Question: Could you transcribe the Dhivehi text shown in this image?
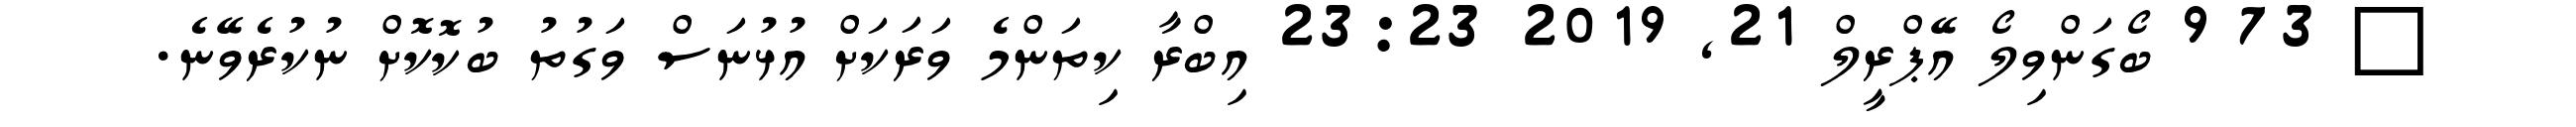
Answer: ? 73 9 ބޯގަންވިލޯ އޭޕްރީލް 21, 2019 23:23 އިބްރާ ކިތަންމެ ވަރަކަށް އުޅުނަސް ވަގުތު ބުކޮކޮށް ނުކުރެވޭނެ.